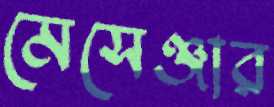
মেসেঞ্জার